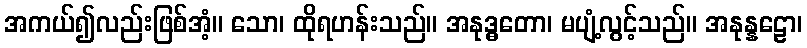
အကယ်၍လည်းဖြစ်အံ့။ သော၊ ထိုရဟန်းသည်။ အနုဒ္ဓတော၊ မပျံ့လွင့်သည်။ အနုန္နဠော၊